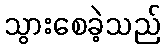
သွားစေခဲ့သည်